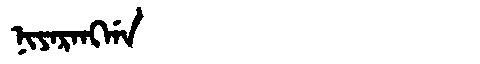
Manchu: ᠨᡳᠶᠠᡵᠠᠩᡤᠠ
Romanization: NIYARANGGA